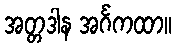
အတ္တဒါန အင်္ဂကထာ။